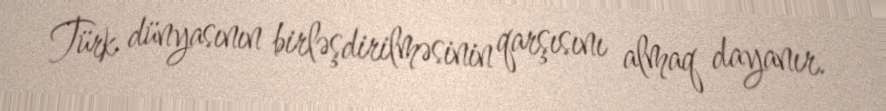
Türk dünyasının birləşdirilməsinin qarşısını almaq dayanır.